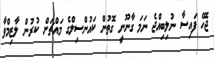
ޖެހޭ ފައިސާ ނުލިބިއްޖެ ނަމަ ގާނޫނީ ގޮތުން ކައުންސިލްގެ މައްޗަށް ކުރުން ލާޒިމްވާ